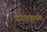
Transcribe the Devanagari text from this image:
गौरीनंदनापर्यंत